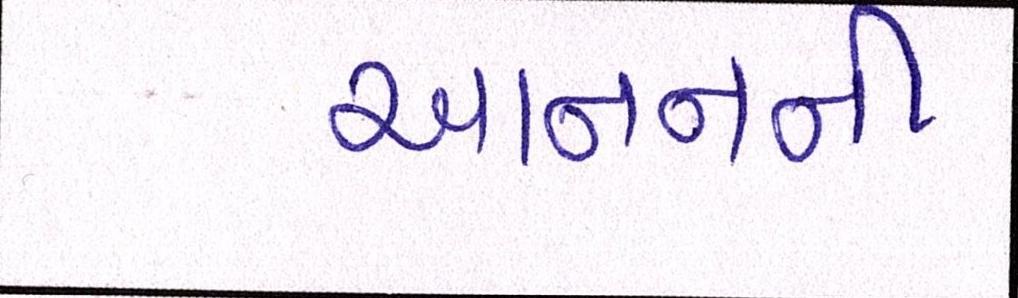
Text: આનનની